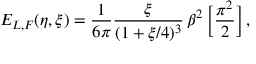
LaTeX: E _ { L , F } ( \eta , \xi ) = \frac { 1 } { 6 \pi } \frac { \xi } { ( 1 + \xi / 4 ) ^ { 3 } } \, \beta ^ { 2 } \, \Big [ \frac { \pi ^ { 2 } } { 2 } \Big ] \, ,